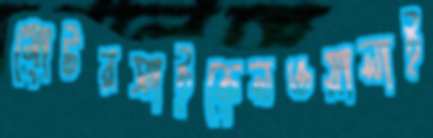
মোটরসাইকেলওয়ালাই